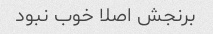
برنجش اصلا خوب نبود